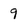
Character: 9